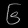
Digit: ၆